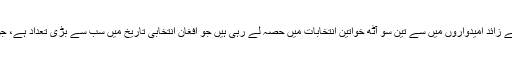
صوبائی کونسل کی نشستوں کے لیے دو ہزار سات سو سے زائد امیدواروں میں سے تین سو آٹھ خواتین انتخابات میں حصہ لے رہی ہیں جو افغان انتخابی تاریخ میں سب سے بڑی تعداد ہے، جن میں نائب صدارتی امیدوار حبیبہ سورابی بھی شامل ہیں۔